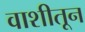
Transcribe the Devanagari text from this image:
वाशीतून